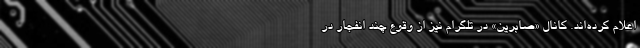
اعلام کرده‌اند. کانال «صابرین» در تلگرام نیز از وقوع چند انفجار در